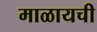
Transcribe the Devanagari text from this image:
माळायची